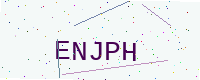
Text: ENJPH